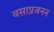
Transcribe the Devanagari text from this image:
वसाप्रजनन